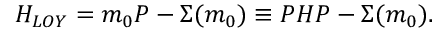
H _ { L O Y } = m _ { 0 } P - \Sigma ( m _ { 0 } ) \equiv P H P - \Sigma ( m _ { 0 } ) .